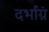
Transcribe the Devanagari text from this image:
दर्भाग्रं